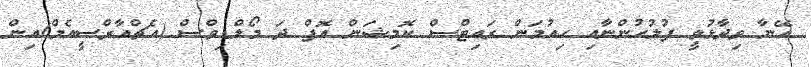
އޭނާ ވިދާޅުވީ ފުލުހުންނާއި ހިއުމަން ރައިޓްސް ކޮމިޝަން އޮފް ދަ މޯލްޑިވްސް (އެޗްއާރްސީއެމް)އިން